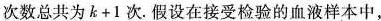
次数总共为$$k+1$$次。假设在接受检验的血液样本中，